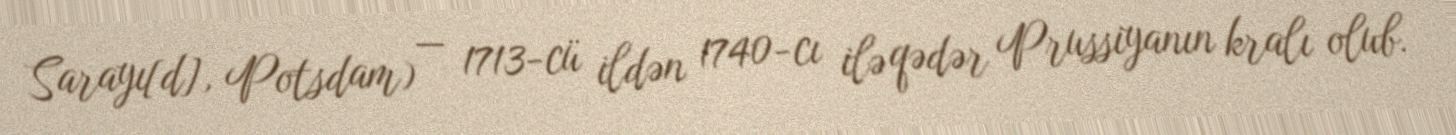
Sarayı[d], Potsdam) — 1713-cü ildən 1740-cı ilə qədər Prussiyanın kralı olub.